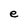
Character: e